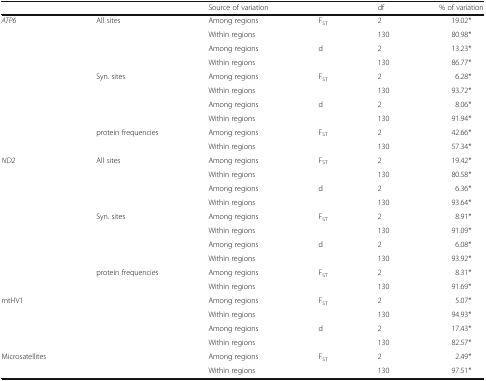
|  |  | Source of variation |  | df | % of variation |
 | --- | --- | --- | --- | --- | --- |
 | <ROWSPAN=10> ATP6 | <ROWSPAN=4> All sites | Among regions | FST | 2 | 19.02* |
 | Within regions |  | 130 | 80.98* |
 | Among regions | d | 2 | 13.23* |
 | Within regions |  | 130 | 86.77* |
 | <ROWSPAN=4> Syn. sites | Among regions | FST | 2 | 6.28* |
 | Within regions |  | 130 | 93.72* |
 | Among regions | d | 2 | 8.06* |
 | Within regions |  | 130 | 91.94* |
 | <ROWSPAN=2> protein frequencies | Among regions | FST | 2 | 42.66* |
 | Within regions |  | 130 | 57.34* |
 | <ROWSPAN=10> ND2 | <ROWSPAN=4> All sites | Among regions | <ROWSPAN=2> FST | 2 | 19.42* |
 | Within regions | 130 | 80.58* |
 | Among regions | <ROWSPAN=2> d | 2 | 6.36* |
 | Within regions | 130 | 93.64* |
 | <ROWSPAN=4> Syn. sites | Among regions | <ROWSPAN=2> FST | 2 | 8.91* |
 | Within regions | 130 | 91.09* |
 | Among regions | <ROWSPAN=2> d | 2 | 6.08* |
 | Within regions | 130 | 93.92* |
 | <ROWSPAN=2> protein frequencies | Among regions | <ROWSPAN=2> FST | 2 | 8.31* |
 | Within regions | 130 | 91.69* |
 | <ROWSPAN=4> mtHV1 | <ROWSPAN=4>  | Among regions | <ROWSPAN=2> FST | 2 | 5.07* |
 | Within regions | 130 | 94.93* |
 | Among regions | <ROWSPAN=2> d | 2 | 17.43* |
 | Within regions | 130 | 82.57* |
 | <ROWSPAN=2> Microsatellites | <ROWSPAN=2>  | Among regions | <ROWSPAN=2> FST | 2 | 2.49* |
 | Within regions | 130 | 97.51* |